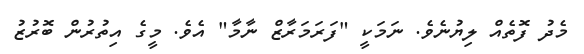
މެދު ފޮތެއް ލިޔުނެވެ. ނަމަކީ "ފަރަމަރާޒް ނާމާ" އެވެ. މީގެ އިތުރުން ބޮރުޒު